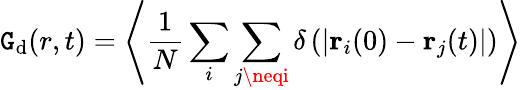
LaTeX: \mathtt{G}_{\mathrm{{d}}}(r,t)=\left<\frac{{1}}{{N}}\sum_{i}\sum_{j\neqi}\delta\left(\left|\mathbf{{r}}_{i}(0)-\mathbf{{r}}_{j}(t)\right|\right)\right>